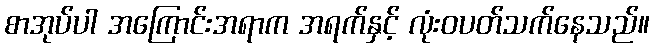
စာအုပ်ပါ အကြောင်းအရာက အရက်နှင့် လုံးဝပတ်သက်နေသည်။